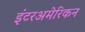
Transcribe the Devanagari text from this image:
इंटरअमेरिकन